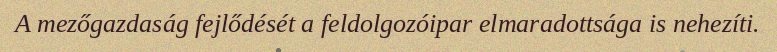
A mezőgazdaság fejlődését a feldolgozóipar elmaradottsága is nehezíti.